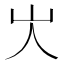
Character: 㞤